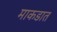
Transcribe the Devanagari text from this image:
माकडात